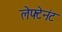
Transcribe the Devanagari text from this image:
लेफ्टेनंट